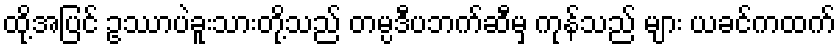
ထို့အပြင် ဥဿာပဲခူးသားတို့သည် တမ္ပဒီပဘက်ဆီမှ ကုန်သည် များ ယခင်ကထက်